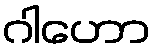
ဂါဟော